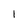
Character: l